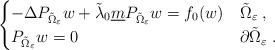
LaTeX: \begin{align*}\begin{cases}-\Delta P_{\tilde{\Omega}_{\varepsilon}} w + \tilde{\lambda}_0 \underline{m} P_{\tilde{\Omega}_{\varepsilon}} w = f_0(w) & \tilde{\Omega}_{\varepsilon} \; , \\P_{\tilde{\Omega}_{\varepsilon}} w = 0 & \partial\tilde{\Omega}_{\varepsilon} \; .\end{cases}\end{align*}